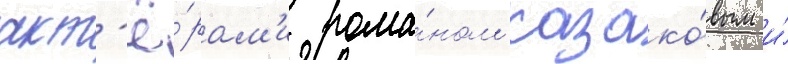
акт'ё́рам'и рома́ном казако́вым и́